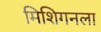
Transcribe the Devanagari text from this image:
मिशिगनला